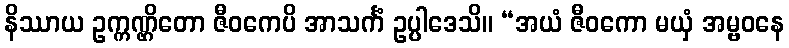
နိဿာယ ဥက္ကဏ္ဌိတော ဇီဝကေပိ အာသင်္ကံ ဥပ္ပါဒေသိ။ “အယံ ဇီဝကော မယှံ အမ္ဗဝနေ